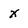
Character: x